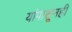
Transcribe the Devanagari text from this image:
यांपासूनही